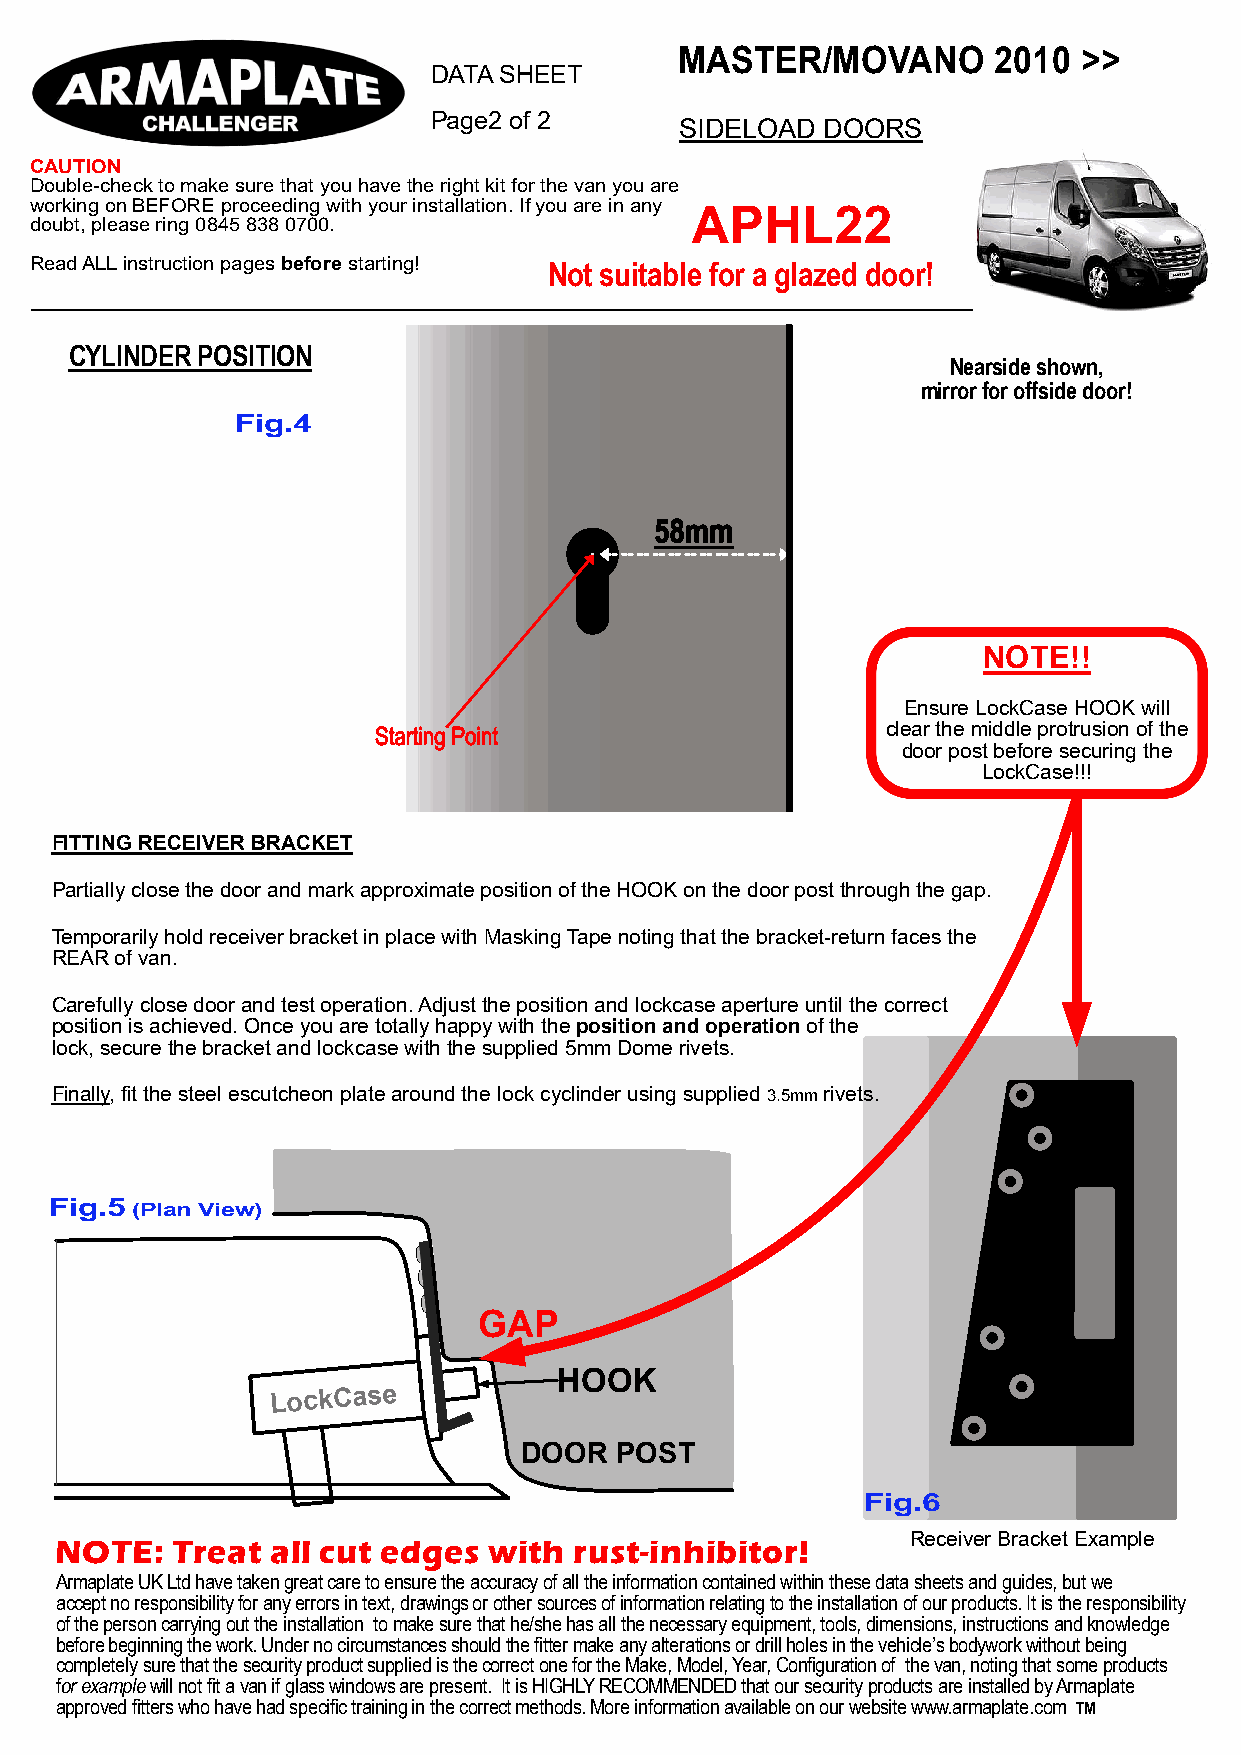
MASTER/MOVANO        2010  >>
 DATA SHEET
 Page2 of 2
 SIDELOAD DOORS
 CAUTION
 Double-check to make sure that you have the right kit for the van you are
 working on BEFORE proceeding with your installation. If you are in any APHL22
 doubt, please ring 0845 838 0700.
 Read ALL instruction pages before starting! Not suitable for a glazed door!
 CYLINDER POSITION
 Nearside shown,
 mirror for offside door!
 Fig.4
 NOTE!!
 Ensure LockCase HOOK will
 clear the middle protrusion of the
 door post before securing the
 LockCase!!!
 FITTING RECEIVER BRACKET
 Partially close the door and mark approximate position of the HOOK on the door post through the gap.
 Temporarily hold receiver bracket in place with Masking Tape noting that the bracket-return faces the
 REAR of van.
 Carefully close door and test operation. Adjust the position and lockcase aperture until the correct
 position is achieved. Once you are totally happy with the position and operation of the
 lock, secure the bracket and lockcase with the supplied 5mm Dome rivets.
 Finally, fit the steel escutcheon plate around the lock cyclinder using supplied 3.5mm rivets.
 Fig.5 (Plan View)
 GAP
 HOOK
 LockCase
 DOOR   POST
 Fig.6
 Receiver Bracket Example
 NOTE:  Treat  all cut edges with  rust-inhibitor!
 Armaplate UK Ltd have taken great care to ensure the accuracy of all the information contained within these data sheets and guides, but we
 accept no responsibility for any errors in text, drawings or other sources of information relating to the installation of our products. It is the responsibility
 of the person carrying out the installation to make sure that he/she has all the necessary equipment, tools, dimensions, instructions and knowledge
 before beginning the work. Under no circumstances should the fitter make any alterations or drill holes in the vehicle’s bodywork without being
 completely sure that the security product supplied is the correct one for the Make, Model, Year, Configuration of the van, noting that some products
 for example will not fit a van if glass windows are present. It is HIGHLY RECOMMENDED that our security products are installed by Armaplate
 approved fitters who have had specific training in the correct methods. More information available on our website www.armaplate.com TM